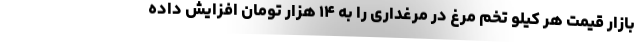
بازار قیمت هر کیلو تخم مرغ در مرغداری را به ۱۴ هزار تومان افزایش داده